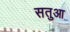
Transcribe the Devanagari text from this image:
सतुआ